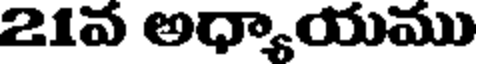
21వ అధ్యాయము